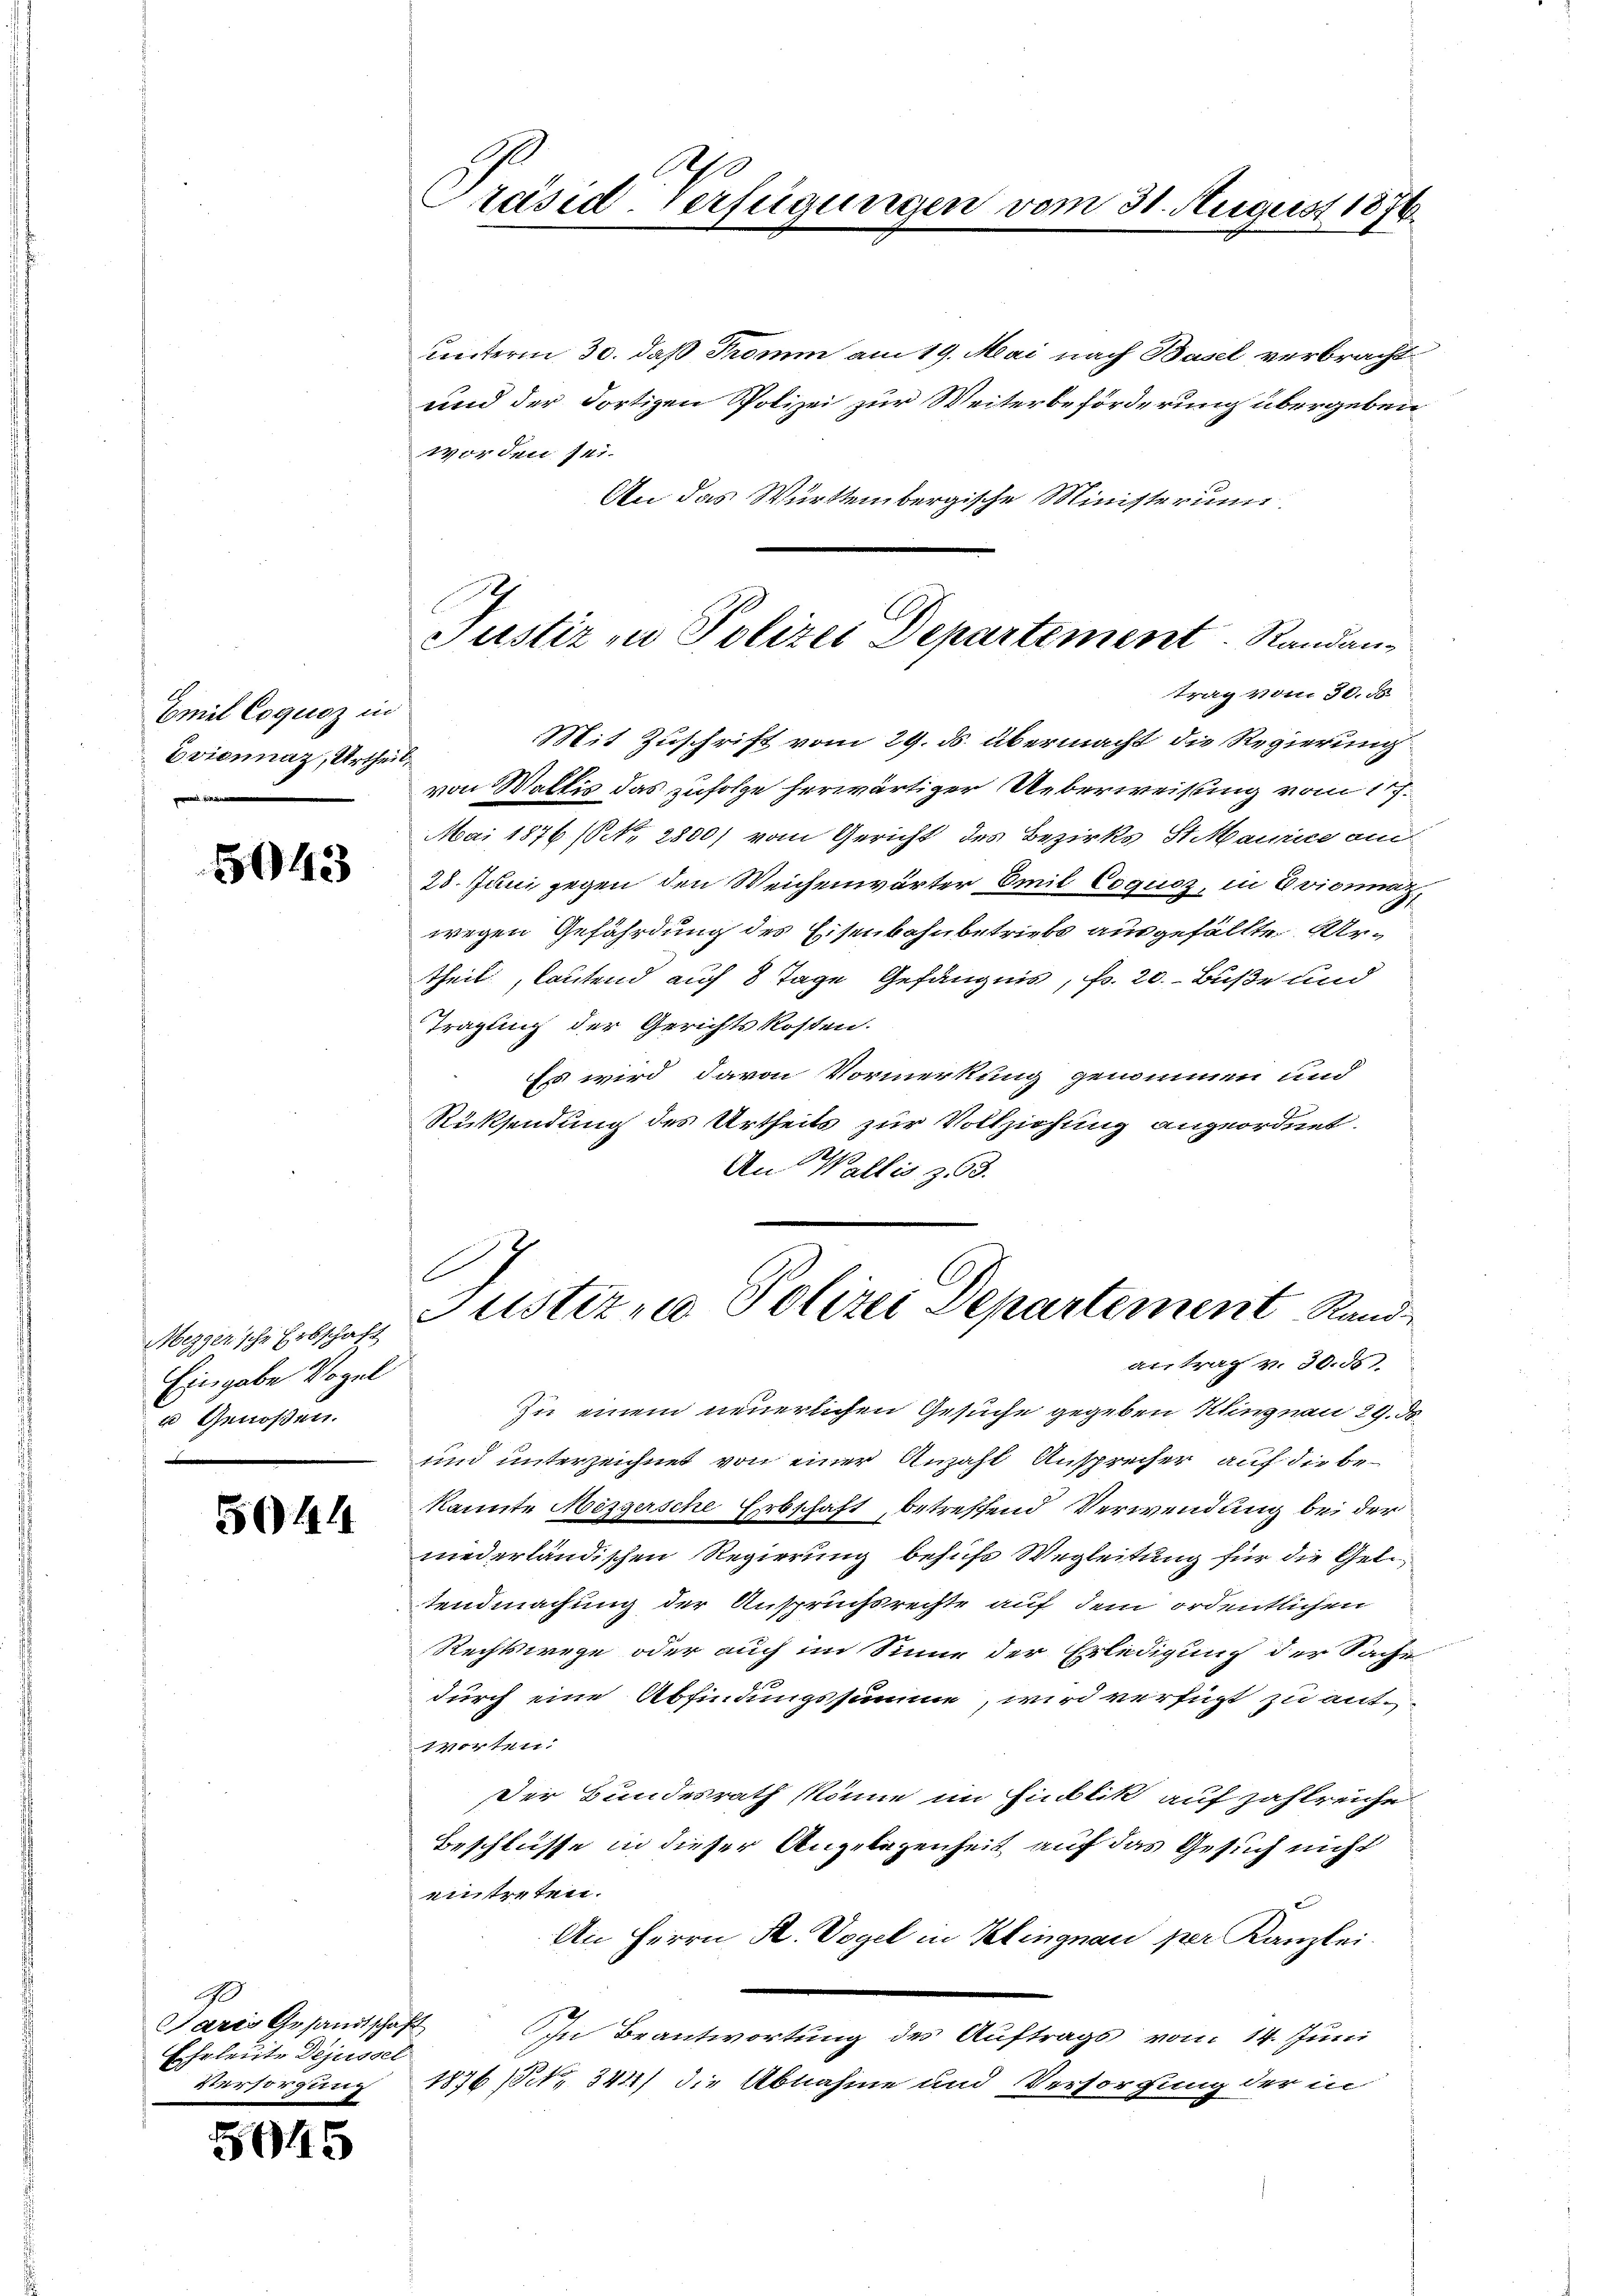
Emil Coqusz in
Eviennaz, Urtheil,

5043

Mezger’sche Erbschaft
Eingabe Vogel
u Genoßen.

50144

9
Sares Gesandtschaft
Ehrleute Dejussel
Versorgung

5045

A
Präsid. Verfügungen vom 31. August 1876.

unterm 30. daß Tromm am 19. Mai nach Basel verbracht
und der dortigen Polizei zur Weiterbeförderung übergeben
worden sei.
An das Württembergische Ministerum
Mit Zuschrift vom 29. ds. übermacht die Regierung
von Wallis das zufolge herwärtiger Ueberweisung vom 17.
Mai 1876 (No. 2800) vom Gericht des Bezirks St. Maurice am
28. Juni gegen den Weichenwärter Emil Coques, in Evicinat
wegen Gefährdung des Eisenbahnbetriebe ausgefällte Urtheil, lautend auf 8 Tage Gefängnis, Fr. 20.- Buße und
Tragling der Gerichts kosten.
Es wird davon Vormerkung genommen und
Rücksendung des Urtheils zur Vollziehung angeordnet.
An Wallis z 3.

Justiz zu Polizei Departement Randan-
trag vom 30. 50

antrag v. 30. ds.
Zu einem neuerlichen Gesuche gegeben Klingnau 29. ds.
und unterzeichnet von einer Anzahl Ansprecher auf die bekannte Mizzerische Erbschaft, betreffend Verwendung bei der
nederländischen Regierung behufs Wegleitung für die Geltendmachung der Anspruchsrechte auf dem ordentlichen
Rechtswege oder auch im Sinne der Erledigung der Sache
durch eine Abfindungssumme, wird verfügt zu ant¬
Worten:
Der Bundesrath könne im Hinblik auf zahlreiche
Beschlüsse in dieser Angelegenheit auf das Gesuch nicht
eintreten.
An Herrn A. Vogel in Klingnau per Kanzlei.
In Beantwortung des Auftrags vom 14. Juni
1876 (1341) die Abnahme und Versorgung der in

e
Justiz, Polizei Departement Rand